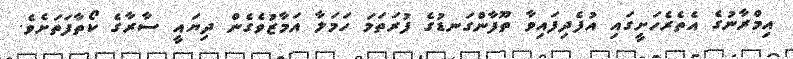
އިމްރާނުގެ އެތެރެހަށީގައި އުފެދިފައިވާ ތޫފާންގަނޑުގެ ފުރަތަމަ ހަމަލާ އަމާޒުވެގެން ދިޔައީ ސާރާގެ ކޯތާފަތަށެވެ.